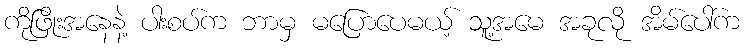
ကိုဖြိုးအနေနဲ့ ပါးစပ်က ဘာမှ မပြောပေမယ့် သူ့အမေ အခုလို အိမ်ပေါ်က